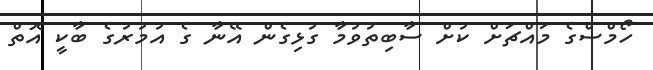
ހޯމްސްގެ މައްޗަށް ކުށް ސާބިތުވުމާ ގުޅިގެން އޭނާ ގެ އުމުރުގެ ބާކީ އޮތް